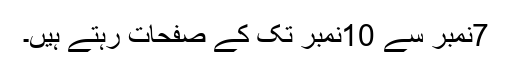
7نمبر سے 10نمبر تک کے صفحات رہتے ہیں۔